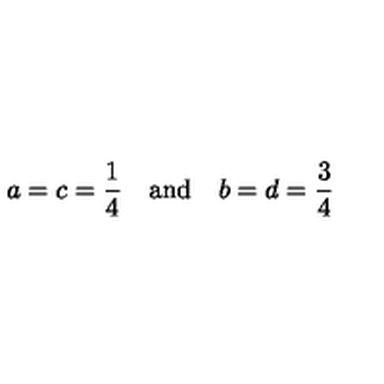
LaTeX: a = c = { \frac { 1 } { 4 } } \quad \mathrm { a n d } \quad b = d = { \frac { 3 } { 4 } }